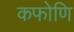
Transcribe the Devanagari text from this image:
कफोणि